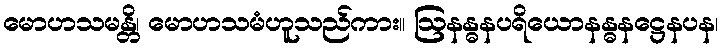
မောဟသမန္တိ၊ မောဟသမံဟူသည်ကား။ ဩနန္ဓနပရိယောနန္ဓနဋ္ဌေနပန၊